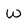
Character: w